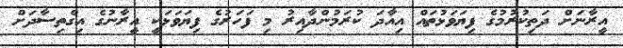
އީރާނަށް ދަތިކުރުމުގެ ފިޔަވަޅުތައް އިއާދަ ކުރަމުންދާއިރު މި ފަހަރުގެ ފިޔަވަޅަކީ އީރާނުގެ އިގްތިސާދަށް